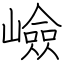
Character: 嶮